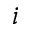
i